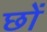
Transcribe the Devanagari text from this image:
छों